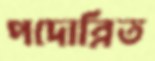
পদোন্নিত